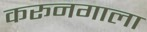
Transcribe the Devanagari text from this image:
करूनगाला